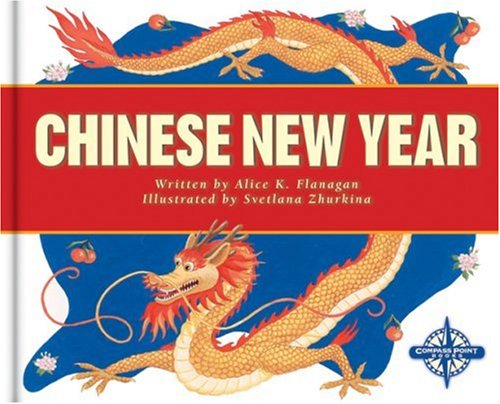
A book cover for Chinese New Year (Holidays and Festivals); Alice K. Flanagan; Children's Books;